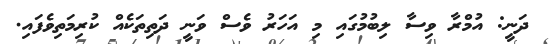
ދަނީ: އުމްރާ ވިސާ ލިބުމުގައި މި އަހަރު ވެސް ވަނީ ދަތިިތަކެއް ކުރިމަތިވެފައި.